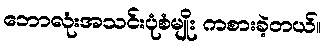
ဘောလုံးအသင်းပုံစံမျိုး ကစားခဲ့တယ်။